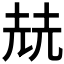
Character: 𡋰